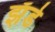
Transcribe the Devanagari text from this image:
झँडे